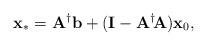
LaTeX: \begin{align*}\mathbf{x}_* = \mathbf{A}^\dag \mathbf{b} + (\mathbf{I} - \mathbf{A}^\dag \! \mathbf{A}) \mathbf{x}_0,\end{align*}